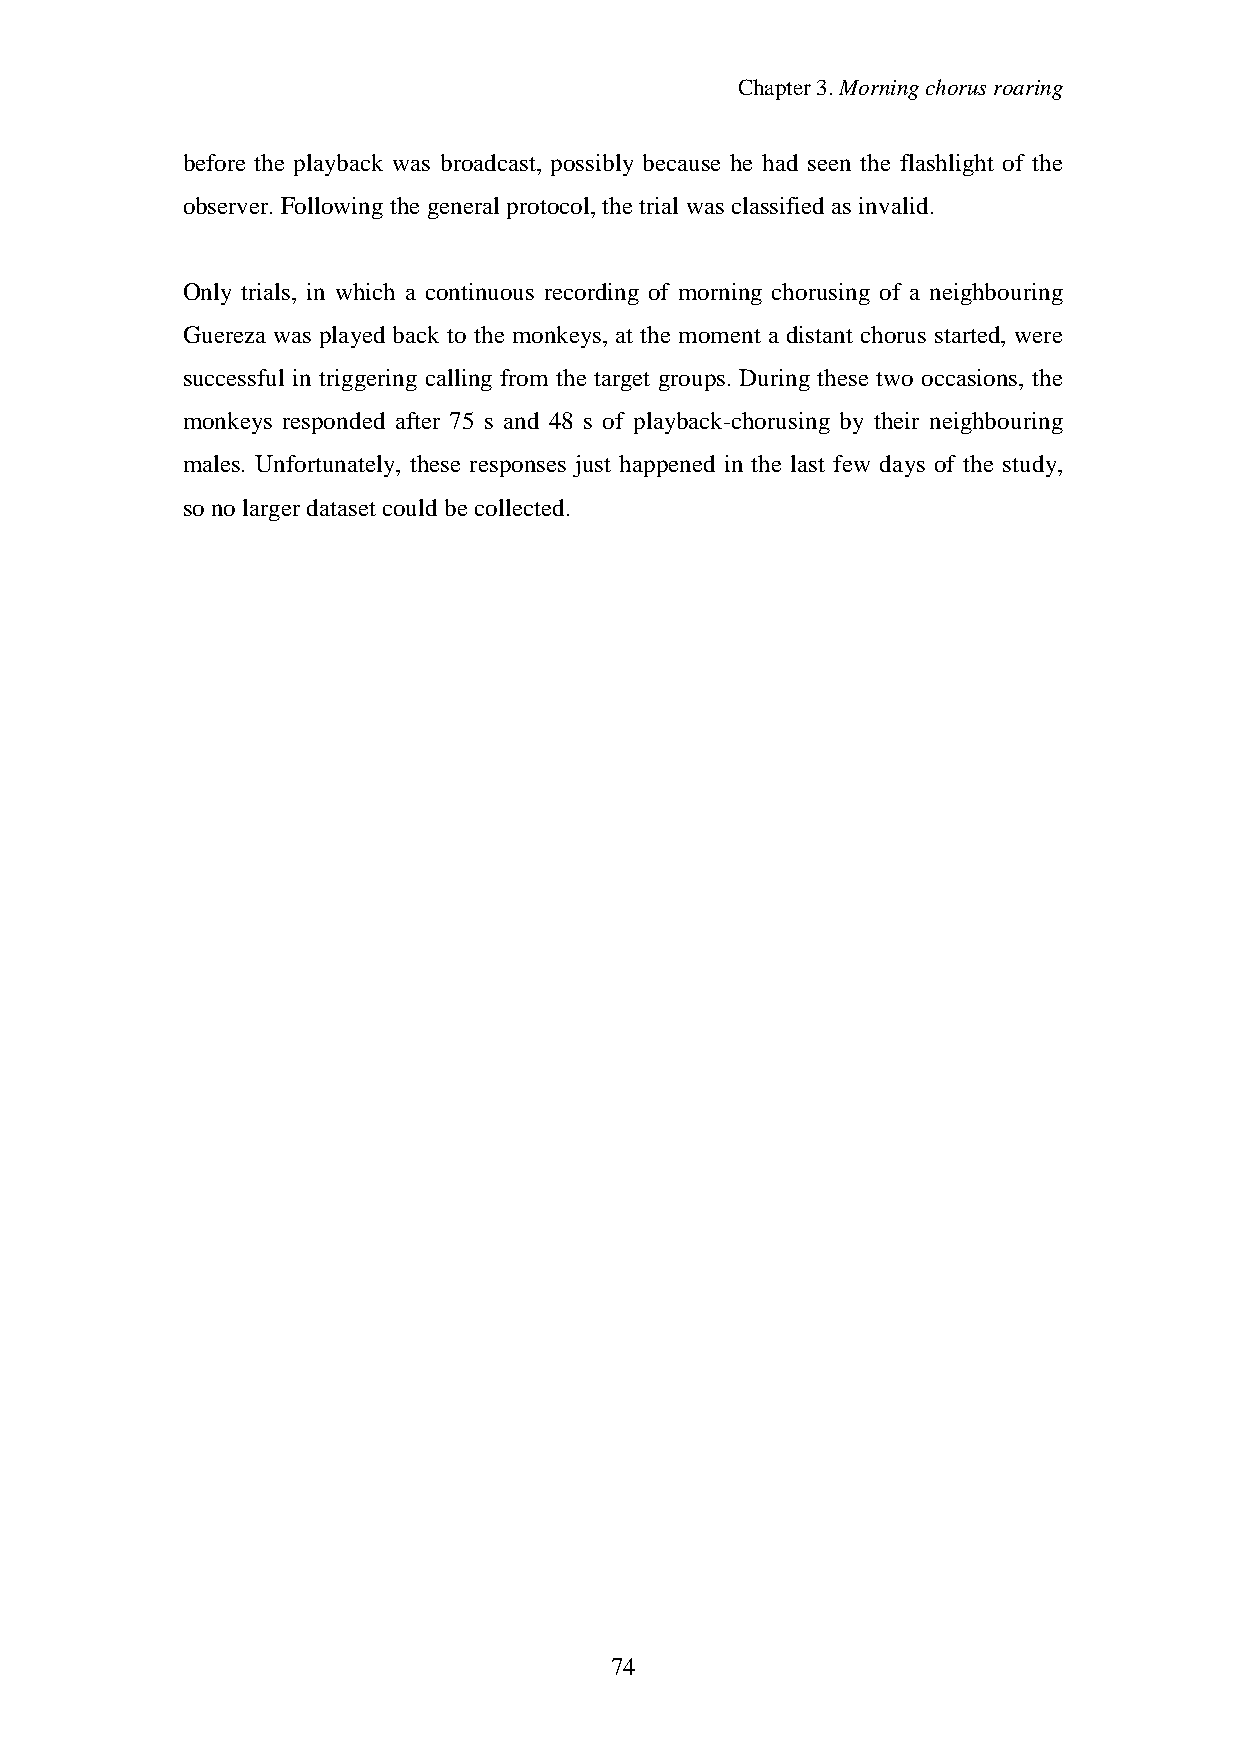
Chapter3.Morningchorusroaring
 before the playback was broadcast, possibly because he had seen the flashlight of the
 observer. Followingthe general protocol,thetrial was classified as invalid.
 Only trials, in which a continuous recording of morning chorusing of a neighbouring
 Guereza was played back to the monkeys, at the moment a distant chorus started, were
 successful in triggering calling from the target groups. During these two occasions, the
 monkeys responded after 75 s and 48 s of playback-chorusing by their neighbouring
 males. Unfortunately, these responses just happened in the last few days of the study,
 so nolargerdataset could becollected.
 74